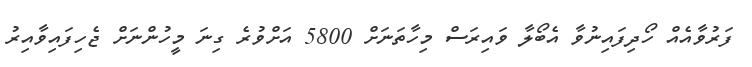
ފަރުވާއެއް ހޯދިފައިނުވާ އެބޯލާ ވައިރަސް މިހާތަނަށް 5800 އަށްވުރެ ގިނަ މީހުންނަށް ޖެހިފައިވާއިރު